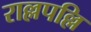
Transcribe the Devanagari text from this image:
राल्लपल्लि